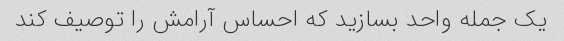
یک جمله واحد بسازید که احساس آرامش را توصیف کند